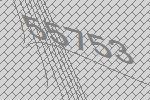
55753